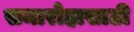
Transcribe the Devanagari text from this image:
समारोहासाठी